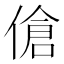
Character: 傖